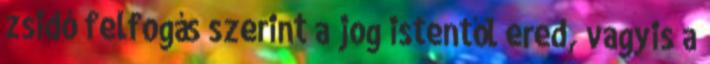
zsidó felfogás szerint a jog istentől ered, vagyis a